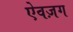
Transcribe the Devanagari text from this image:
ऐवज़ग